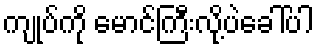
ကျုပ်ကို မောင်ကြီးလို့ပဲခေါ်ပါ